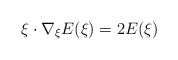
\begin{align*}\xi \cdot \nabla_\xi E(\xi) = 2 E(\xi) \end{align*}